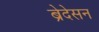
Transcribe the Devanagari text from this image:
ब्रेदेसन